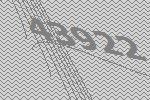
43922